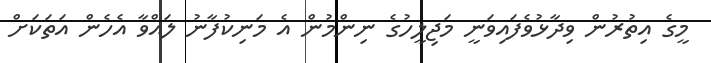
މީގެ އިތުރުން ވިދާޅުވެފައިވަނީ މަޖިލީހުގެ ނިންމުން އެ މަނިކުފާނު ލައްވާ އެހެން އަތަކަށް